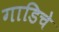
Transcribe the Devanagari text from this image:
गाडिचे